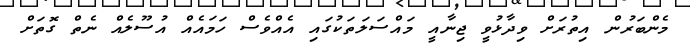
މެންބަރުން އިތުރަށް ވިދާޅުވީ ޖިނާއީ މައްސަލަތަކުގައި އެއްވެސް ހަމައެއް އުސޫލެއް ނެތް ގޮތަށް